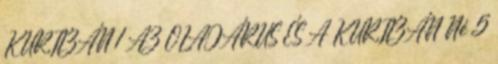
KURTIZÁN 1 AZ OLAJÁRUS ÉS A KURTIZÁN Né 5